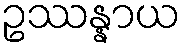
ဥဿန္နာယ